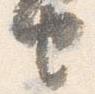
由